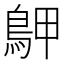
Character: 𪀌